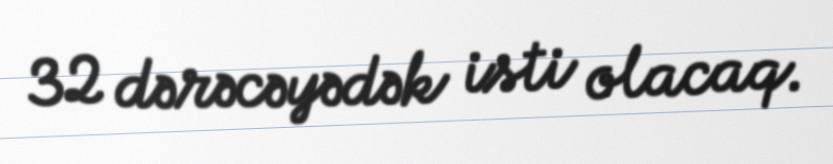
32 dərəcəyədək isti olacaq.